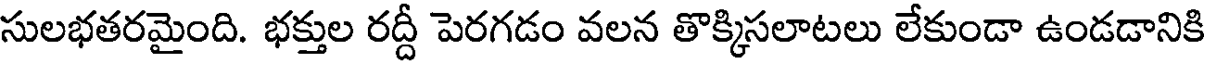
సులభతరమైంది. భక్తుల రద్దీ పెరగడం వలన తొక్కిసలాటలు లేకుండా ఉండడానికి